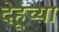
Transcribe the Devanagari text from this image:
देहूच्या